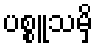
ပစ္စူသမှိ